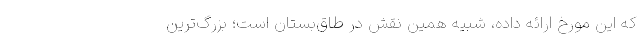
که این مورخ ارائه داده، شبیه همین نقش‌ در طاق‌بستان است؛ بزرگ‌ترین